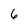
Character: 6